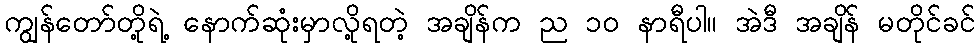
ကျွန်တော်တို့ရဲ့ နောက်ဆုံးမှာလို့ရတဲ့ အချိန်က ည ၁၀ နာရီပါ။ အဲဒီ အချိန် မတိုင်ခင်